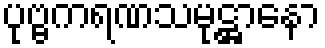
ပုဗ္ဗကရဏသမုဋ္ဌာနော